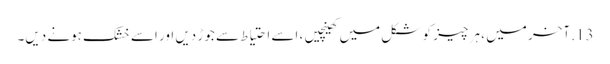
13. آخر میں ، ہر چیز کو شکل میں کھینچیں ، اسے احتیاط سے جوڑ دیں اور اسے خشک ہونے دیں۔